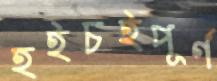
হইচইপূর্ণ